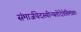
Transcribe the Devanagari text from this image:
संमार्जयेदस्थीन्यतोदेवेतिमंत्रतः